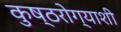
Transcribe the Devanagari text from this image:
कुष्ठरोग्याशी